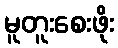
မူတူးစေးဖိုး